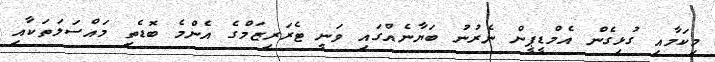
މިކަމާއި ގުޅިގެން އެމްޑީޕީން ނެރުނު ބަޔާނެއްގައި ވަނީ ޓެރަރިޒަމްގެ އެންމެ ބޮޑެތި މައްސަލަތަކާއި